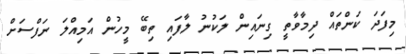
މިފަދަ ކަންތައް ދިމާވާތީ ގިނައިން ލަކުނު ލާފައި ތިބޭ މީހުން އަމިއްލަ ނަފްސަށް